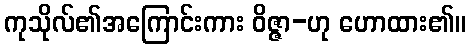
ကုသိုလ်၏အကြောင်းကား ဝိဇ္ဇာ-ဟု ဟောထား၏။